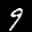
Label: 9